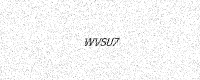
Text: WVSU7